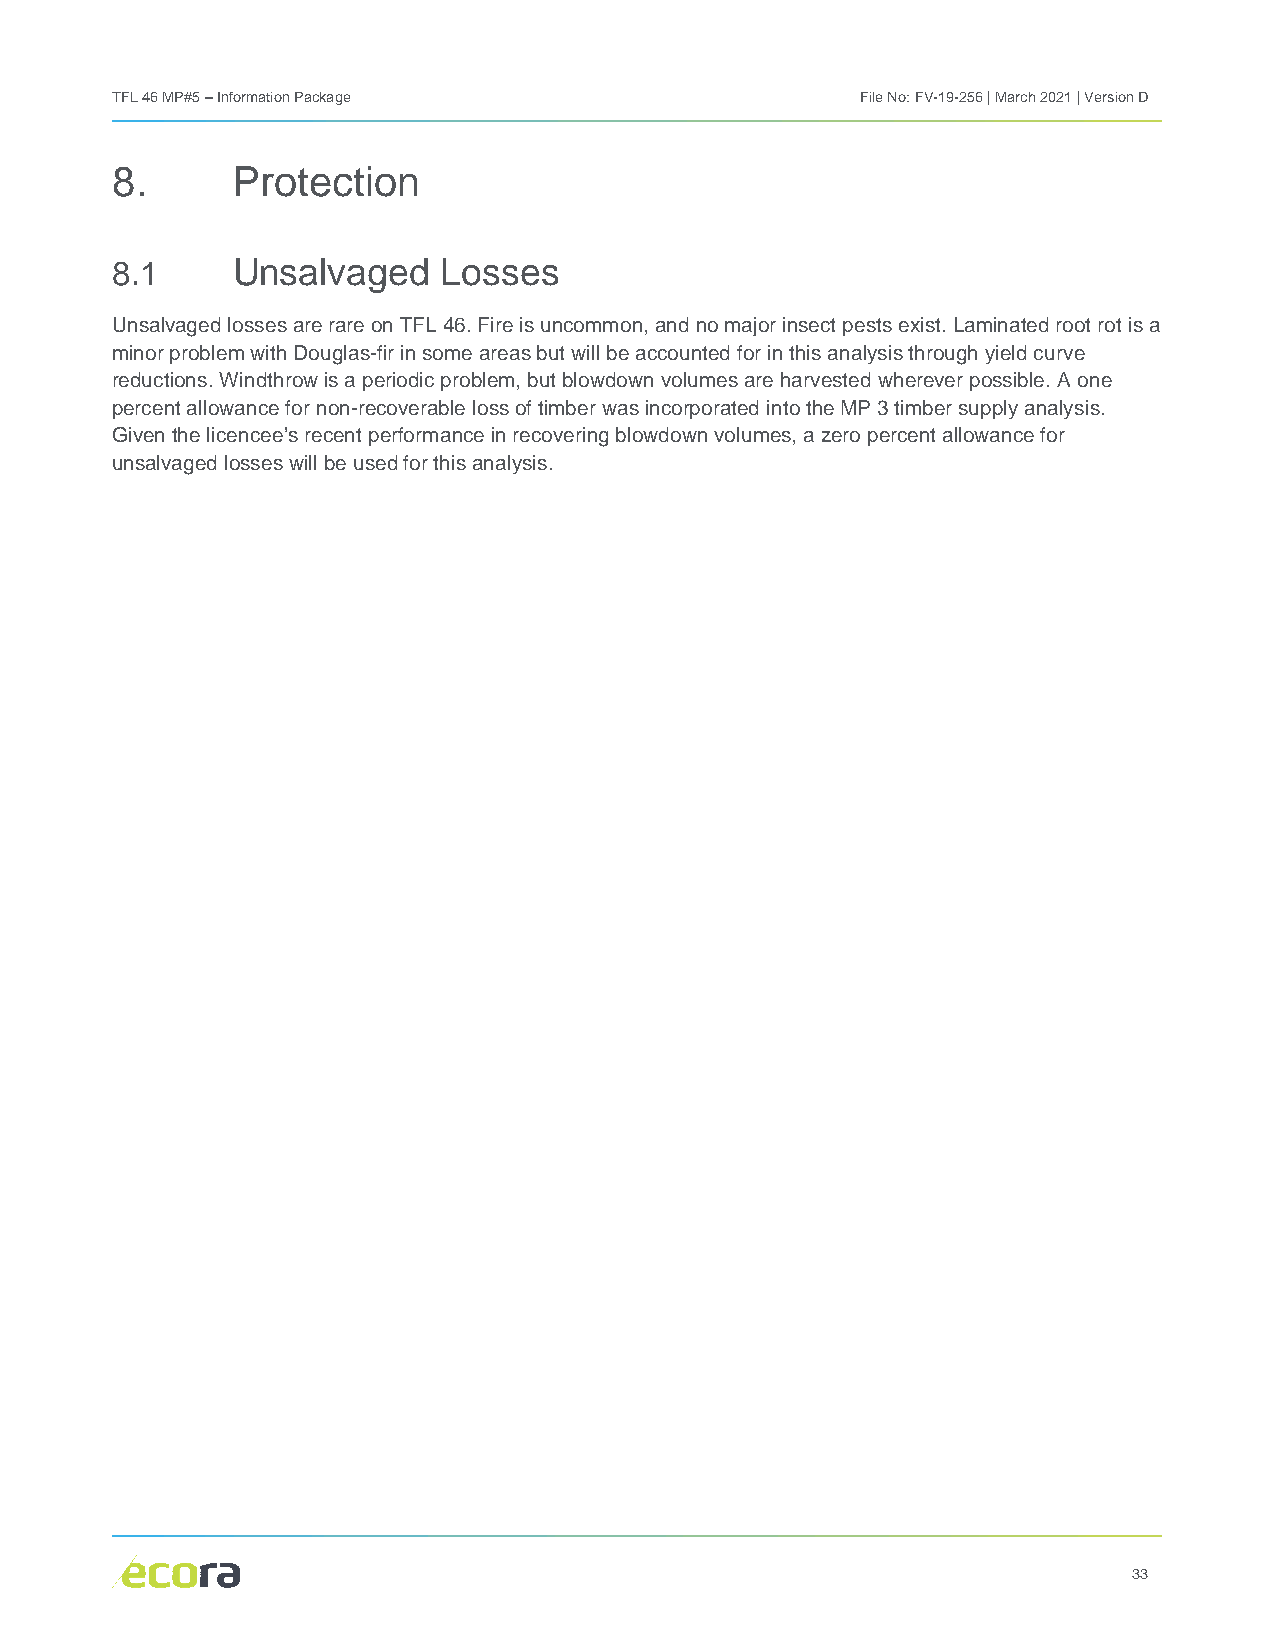
TFL 46 MP#5 – Information Package                 File No: FV-19-256 | March 2021 | Version D
 8.      Protection
 8.1     Unsalvaged    Losses
 Unsalvaged losses are rare on TFL 46. Fire is uncommon, and no major insect pests exist. Laminated root rot is a
 minor problem with Douglas-fir in some areas but will be accounted for in this analysis through yield curve
 reductions. Windthrow is a periodic problem, but blowdown volumes are harvested wherever possible. A one
 percent allowance for non-recoverable loss of timber was incorporated into the MP 3 timber supply analysis.
 Given the licencee’s recent performance in recovering blowdown volumes, a zero percent allowance for
 unsalvaged losses will be used for this analysis.
 33